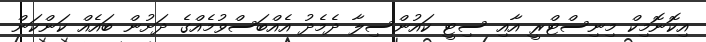
އިކޮނޮމިކް މިނިސްޓްރީ އާއި ސިޓީ ކައުންސިލާ ދެމެދު އެއްބަސްވުމެއްގެ ދަށުން ބައެއް ކަންކަން